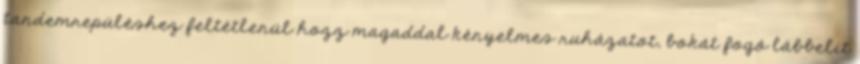
tandemrepüléshez feltétlenül hozz magaddal kényelmes ruházatot, bokát fogó lábbelit